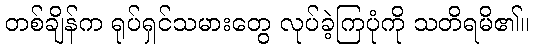
တစ်ချိန်က ရုပ်ရှင်သမားတွေ လုပ်ခဲ့ကြပုံကို သတိရမိ၏။